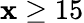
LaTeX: \mathbf{x}\ge15